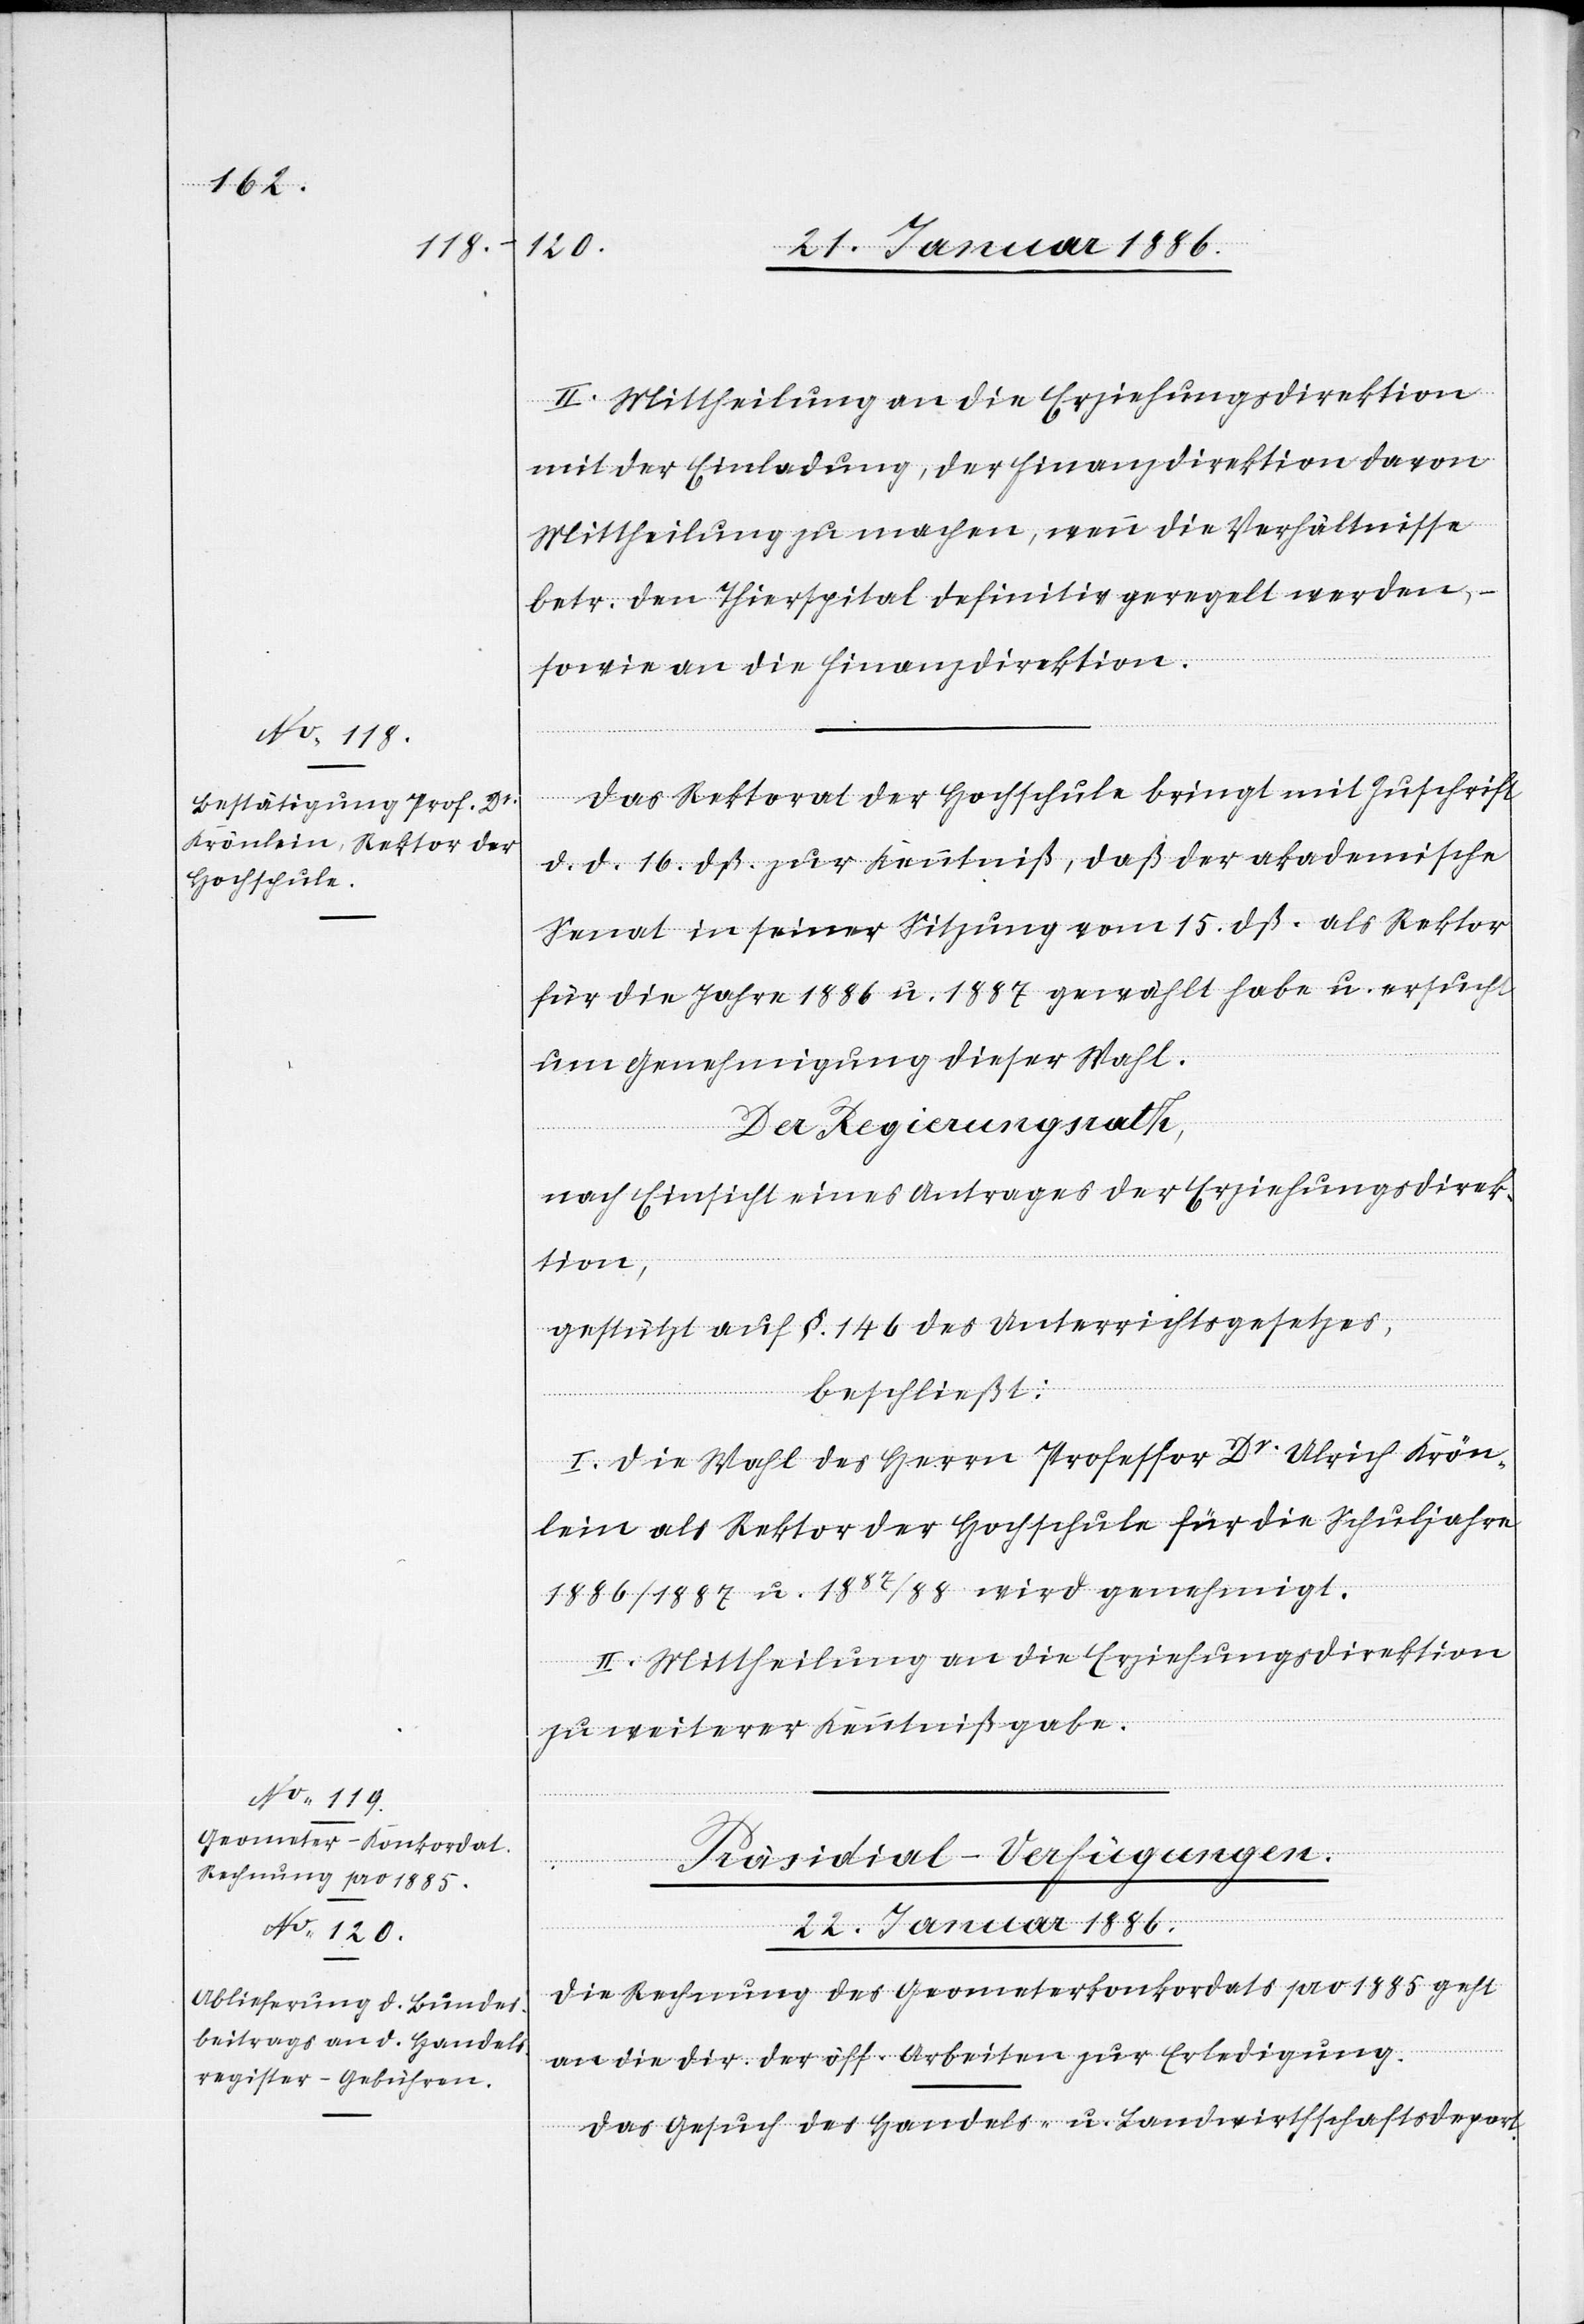
II. Mittheilung an die Erziehungsdirektion
mit der Einladung, der Finanzdirektion davon
Mittheilung zu machen, wenn die Verhältnisse
betr. den Thierspital definitiv geregelt werden, –
sowie an die Finanzdirektion.
Das Rektorat der Hochschule bringt mit Zuschrift
d. d. 16. dß. zur Kenntniß, daß der akademische
Senat in seiner Sitzung vom 15. dß. als Rektor
für die Jahre 1886 u. 1887 gewählt habe u. ersucht
um Genehmigung dieser Wahl.
Der Regierungsrath,
nach Einsicht eines Antrages der Erziehungsdirek¬
tion,
gestützt auf §. 146 des Unterrichtsgesetzes,
beschließt:
I. Die Wahl des Herrn Professor Dr Ulrich Krön¬
lein als Rektor der Hochschule für die Schuljahre
1886/1887 u. 1887/88 wird genehmigt.
zu weiterer Kenntnißgabe.
[Präsidial-Verfügungen.
22. Januar 1886.]
Die Rechnung des Geometerkonkordates pro 1885 geht
an die Dir. der öff. Arbeiten zur Erledigung.
Das Gesuch des Handels- u. Landwirthschaftsdepart.